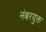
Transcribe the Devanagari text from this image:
नंबरयुक्त